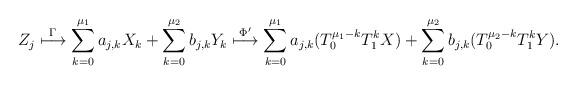
LaTeX: \begin{align*}Z_j \stackrel{\Gamma}{\longmapsto} \sum_{k=0}^{\mu_1}a_{j,k}X_{k}+ \sum_{k=0}^{\mu_2}b_{j,k}Y_{k} \stackrel{\Phi'}{\longmapsto}\sum_{k=0}^{\mu_1}a_{j,k}(T_0^{\mu_1-k}T_1^k X)+ \sum_{k=0}^{\mu_2}b_{j,k}(T_0^{\mu_2-k}T_1^k Y).\end{align*}